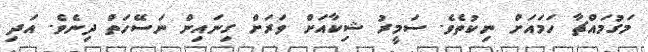
މަގުމައްޗާ ހަމައަށް ނިކުތެވެ. ސަމީރު ޝިކާއަށް ވަރަށް ގިނައިން ނަސޭހަތް ދިނެވެ. އަދި